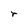
Character: r